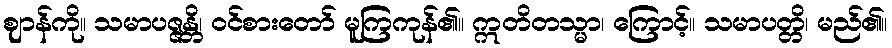
ဈာန်ကို။ သမာပဇ္ဇန္တိ၊ ဝင်စားတော် မူကြကုန်၏။ ဣတိတသ္မာ၊ ကြောင့်။ သမာပတ္တိ၊ မည်၏။